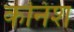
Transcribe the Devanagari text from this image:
कनिश